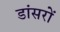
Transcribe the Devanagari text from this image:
डांसरों